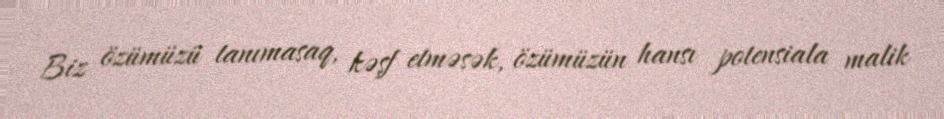
Biz özümüzü tanımasaq, kəşf etməsək, özümüzün hansı potensiala malik